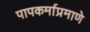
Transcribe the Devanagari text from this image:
पापकर्माप्रमाणे